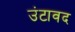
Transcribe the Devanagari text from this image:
उंटावद